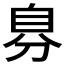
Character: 𮍔